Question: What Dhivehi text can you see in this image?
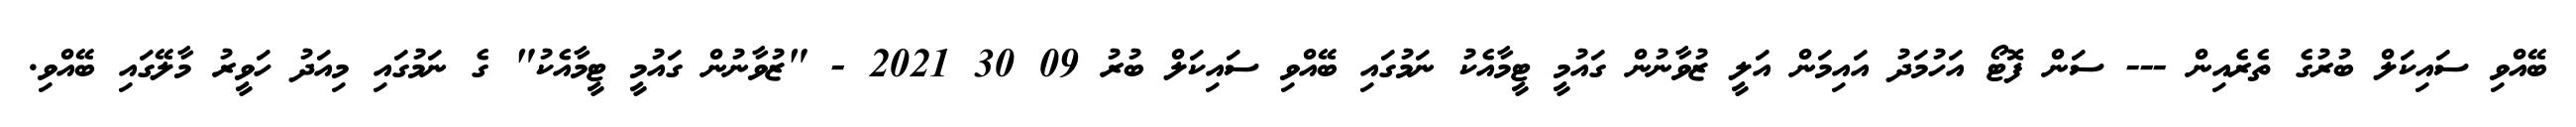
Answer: ބޭއްވި ސައިކަލް ބުރުގެ ތެރެއިން --- ސަން ފޮޓޯ އަހުމަދު އައިމަން އަލީ ޒުވާނުން ގައުމީ ޓީމާއެކު ނަމުގައި ބޭއްވި ސައިކަލް ބުރު 09 30 2021 - "ޒުވާނުން ގައުމީ ޓީމާއެކު" ގެ ނަމުގައި މިއަދު ހަވީރު މާލޭގައި ބޭއްވި.